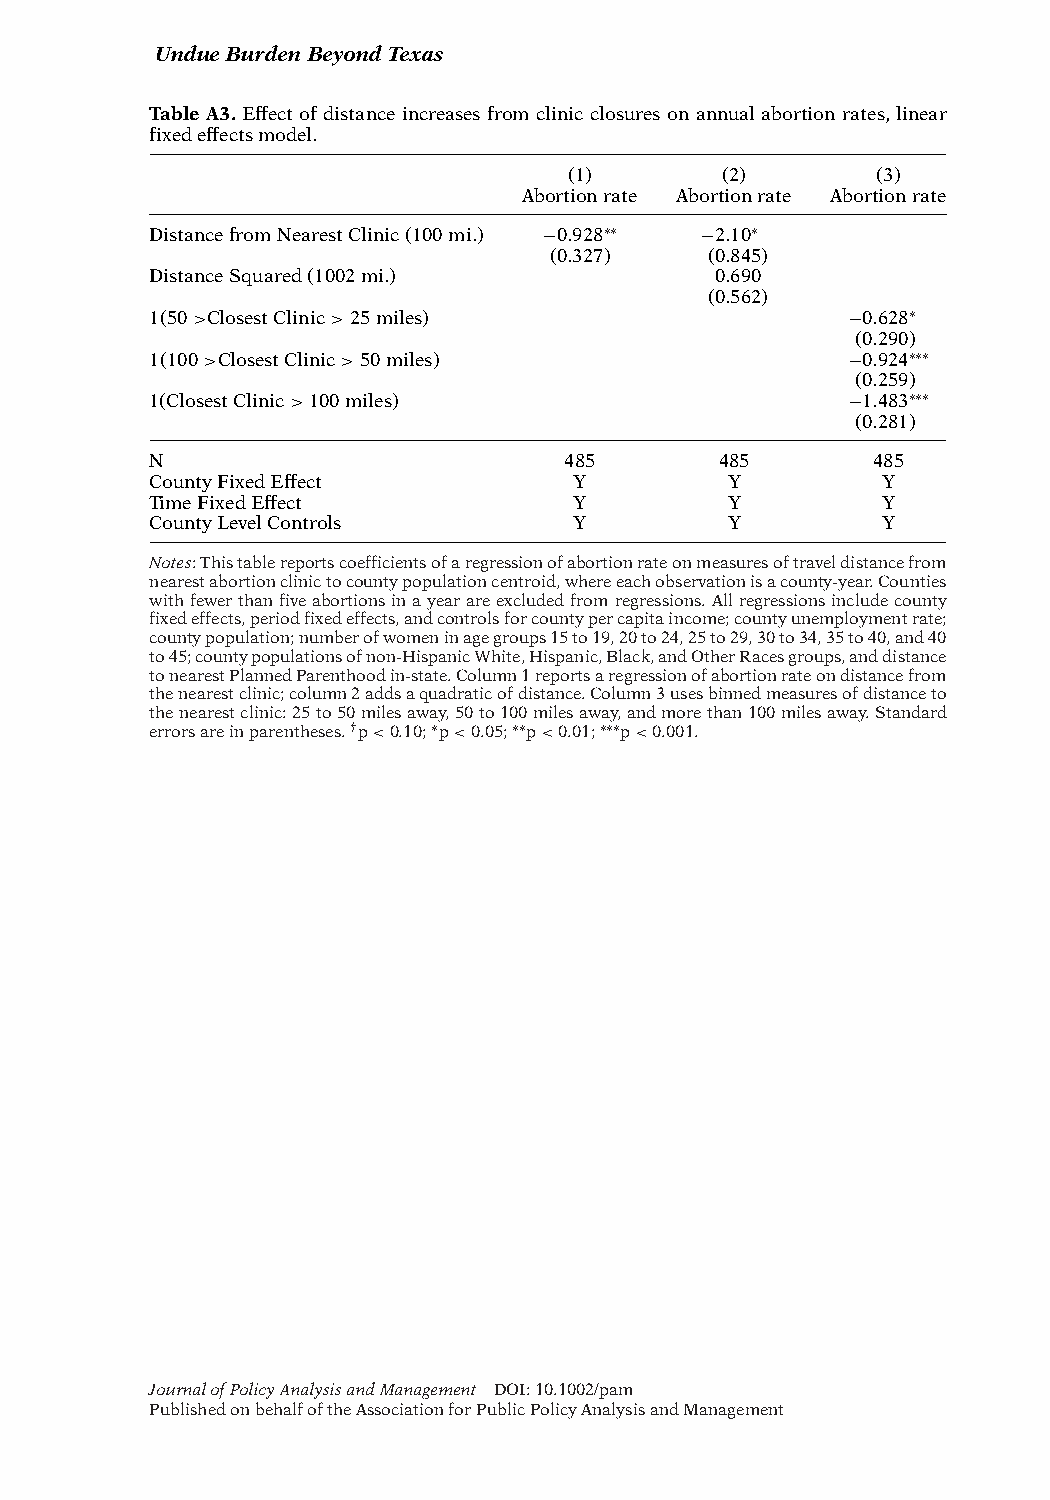
UndueBurdenBeyondTexas
 Table A3.Effect of distanceincreases from clinicclosures onannualabortionrates, linear
 fixedeffectsmodel.
 (1)       (2)       (3)
 Abortionrate Abortionrate Abortionrate
 DistancefromNearestClinic(100mi.) −0.928∗∗ −2.10∗
 (0.327)    (0.845)
 DistanceSquared(1002mi.)             0.690
 (0.562)
 1(50>ClosestClinic>25miles)                   −0.628∗
 (0.290)
 1(100>ClosestClinic>50miles)                  −0.924∗∗∗
 (0.259)
 1(ClosestClinic>100miles)                     −1.483∗∗∗
 (0.281)
 N                          485        485       485
 CountyFixedEffect           Y         Y         Y
 TimeFixedEffect             Y         Y         Y
 CountyLevelControls         Y         Y         Y
 Notes:Thistablereportscoefficientsofaregressionofabortionrateonmeasuresoftraveldistancefrom
 nearestabortionclinictocountypopulationcentroid,whereeachobservationisacounty-year.Counties
 withfewerthanfiveabortionsinayearareexcludedfromregressions.Allregressionsincludecounty
 fixedeffects,periodfixedeffects,andcontrolsforcountypercapitaincome;countyunemploymentrate;
 countypopulation;numberofwomeninagegroups15to19,20to24,25to29,30to34,35to40,and40
 to45;countypopulationsofnon-HispanicWhite,Hispanic,Black,andOtherRacesgroups,anddistance
 tonearestPlannedParenthoodin-state.Column1reportsaregressionofabortionrateondistancefrom
 thenearestclinic;column2addsaquadraticofdistance.Column3usesbinnedmeasuresofdistanceto
 thenearestclinic:25to50milesaway,50to100milesaway,andmorethan100milesaway.Standard
 errorsareinparentheses.†p<0.10;∗p<0.05;∗∗p<0.01;∗∗∗p<0.001.
 JournalofPolicyAnalysisandManagement DOI:10.1002/pam
 PublishedonbehalfoftheAssociationforPublicPolicyAnalysisandManagement